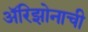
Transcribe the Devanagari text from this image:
अॅरिझोनाची